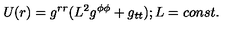
U ( r ) = g ^ { r r } ( L ^ { 2 } g ^ { \phi \phi } + g _ { t t } ) ; L = c o n s t .